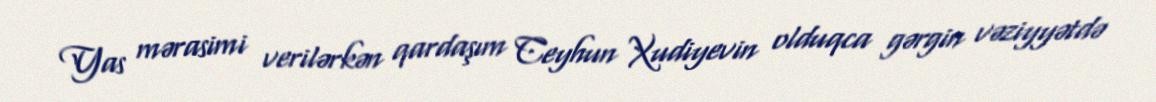
Yas mərasimi verilərkən qardaşım Ceyhun Xudiyevin olduqca gərgin vəziyyətdə